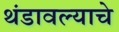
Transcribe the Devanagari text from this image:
थंडावल्याचे